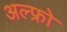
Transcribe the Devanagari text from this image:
अल्फ्रो